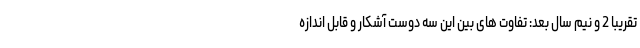
تقریباً 2 و نیم سال بعد: تفاوت های بین این سه دوست آشکار و قابل اندازه